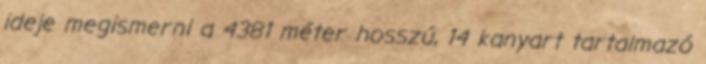
ideje megismerni a 4381 méter hosszú, 14 kanyart tartalmazó